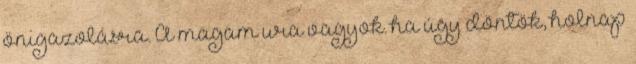
önigazolásra. A magam ura vagyok. ha úgy döntök, holnap